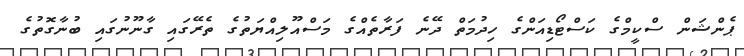
ޕެންޝަން ސްކީމްގެ ކަސްޓޯޑިއަންގެ ހިދުމަތް ދޭނެ ފަރާތެއްގެ މަސްއޫލިއްޔަތުގެ ތެރޭގައި ގާނޫނުގައި ބުނާގޮތުގެ